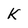
Character: K